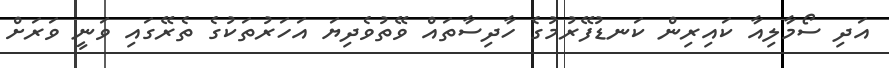
އަދި ސޯމާލިއާ ކައިރިން ކަނޑުފޭރުމުގެ ހާދިސާތައް ވޭތުވެދިޔަ އަހަރުތަކުގެ ތެރޭގައި ވަނީ ވަރަށް